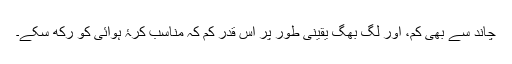
چاند سے بھی کم، اور لگ بھگ یقینی طور پر اس قدر کم کہ مناسب کرۂ ہوائی کو رکھ سکے۔